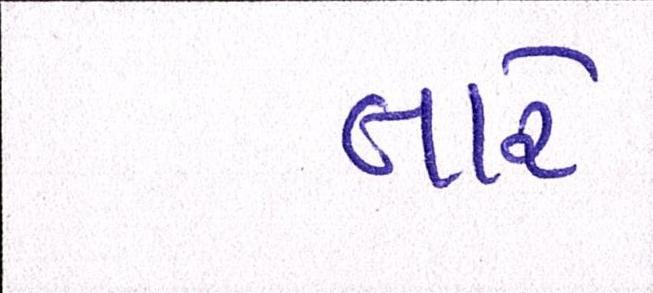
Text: તારે